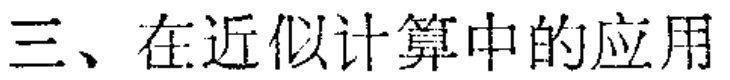
三、在近似计算中的应用